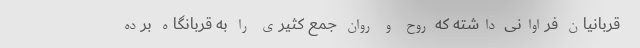
قربانیان فراوانی داشته که روح و روان جمع کثیری را به قربانگاه برده